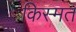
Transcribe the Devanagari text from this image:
किस्‍मत